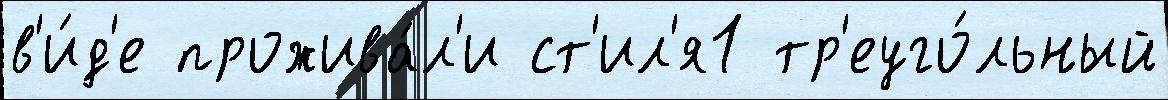
в'и́д'е прожива́л'и ст'ил'я1 тр'еуго́льный